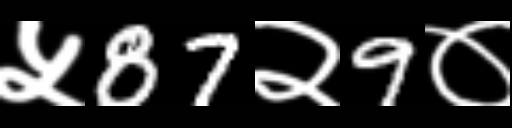
Text: ५87२9०